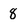
Character: 8